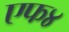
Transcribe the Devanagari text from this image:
एफ४